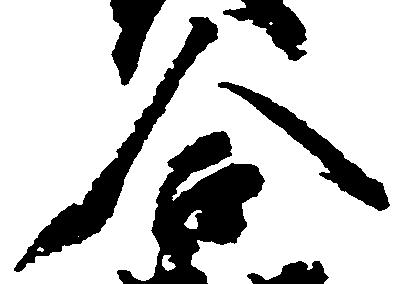
合